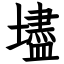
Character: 壗